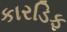
કારડિફ